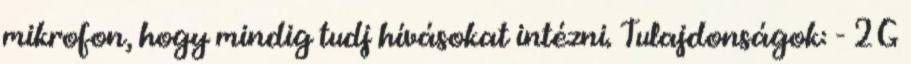
mikrofon, hogy mindig tudj hívásokat intézni. Tulajdonságok: - 2G